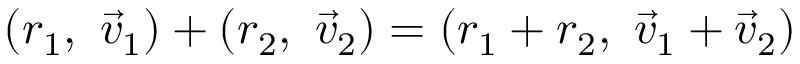
( r _ { 1 } , \ { \vec { v } } _ { 1 } ) + ( r _ { 2 } , \ { \vec { v } } _ { 2 } ) = ( r _ { 1 } + r _ { 2 } , \ { \vec { v } } _ { 1 } + { \vec { v } } _ { 2 } )